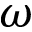
\omega